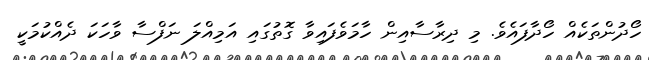
ހޯދުންތަކެއް ހޯދާފައެވެ. މި ދިރާސާއިން ހާމަވެފައިވާ ގޮތުގައި އަމިއްލަ ނަފްސާ ވާހަކަ ދެއްކުމަކީ